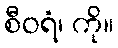
စီဝရံ၊ ကို။